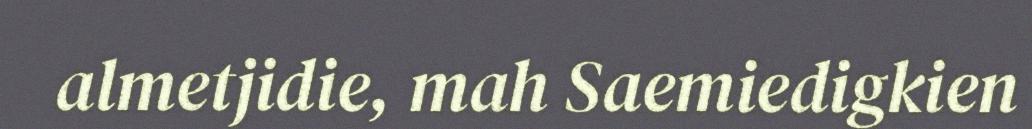
almetjidie, mah Saemiedigkien